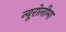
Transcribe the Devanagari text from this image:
न्यूरोलीमा